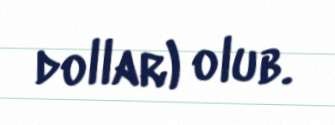
dollar) olub.